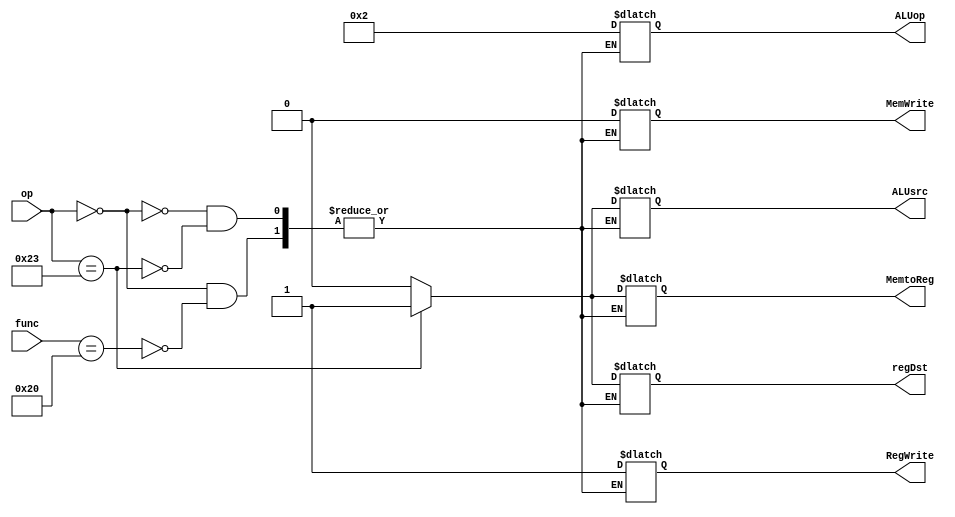
`timescale 1ns / 1ps
module Control_Unit(
        input[5:0] op,
        input[5:0] func,
        output reg RegWrite,    //wreg
        output reg MemtoReg,    //m2reg
        output reg MemWrite,    //wmem
        output reg[3:0] ALUop,  //aluc
        output reg ALUsrc,      //aluimm
        output reg regDst       //regrt
    );
    always@(*) begin
        case (op)
            6'b000000: // r-types
            begin
                case (func)
                    6'b100000: //ADD Instruction
                        begin
                            RegWrite <= 1;
                            MemtoReg <= 0;
                            MemWrite <= 0;
                            ALUop <= 4'b0010;
                            ALUsrc <= 0; //no sign extend
                            regDst <= 0; //write in rd
                        end
                endcase
            end
            
            6'b100011: //LW
                begin
                    RegWrite <= 1;
                    MemtoReg <= 1;
                    MemWrite <= 0;
                    ALUop <= 4'b0010;
                    ALUsrc <= 1; //sign extend
                    regDst <= 1; //write in rt
                end
        endcase
    end
endmodule